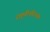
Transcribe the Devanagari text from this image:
राष्ट्रगीतदिनांक